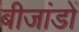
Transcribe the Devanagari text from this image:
बीजांडों